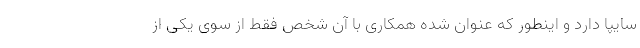
سایپا دارد و اینطور که عنوان شده همکاری با آن شخص فقط از سوی یکی از